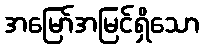
အမြော်အမြင်ရှိသော